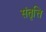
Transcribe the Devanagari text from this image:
संतृत्ति